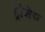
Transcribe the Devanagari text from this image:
ट्रांसेथ